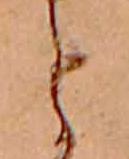
と